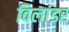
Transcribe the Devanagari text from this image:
विलांडर